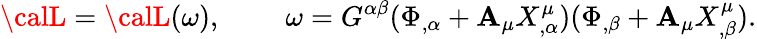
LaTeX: {\calL}={\calL}(\omega),\; \; \; \; \; \; \; \; \omega=G^{\alpha\beta}(\Phi_{,\alpha}+\mathbf{A}_{\mu}X_{,\alpha}^{\mu})(\Phi_{,\beta}+\mathbf{A}_{\mu}X_{,\beta}^{\mu}).